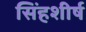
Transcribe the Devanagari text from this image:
सिंहशीर्ष